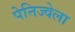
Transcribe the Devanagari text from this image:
पेनिज्वेला